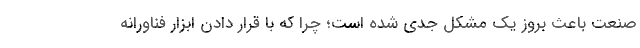
صنعت باعث بروز یک مشکل جدی شده است؛ چرا که با قرار دادن ابزار فناورانه